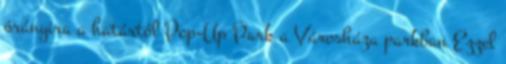
órányira a határtól Pop-Up Park a Városháza parkban Ezzel